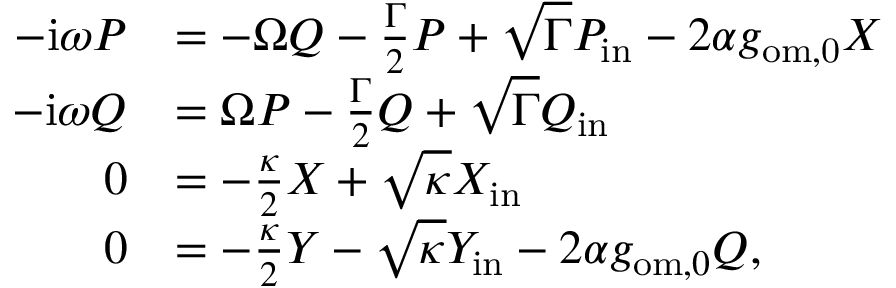
\begin{array} { r l } { - \mathrm { i } \omega P } & { = - \Omega Q - \frac { \Gamma } { 2 } P + \sqrt { \Gamma } P _ { \mathrm { i n } } - 2 \alpha g _ { \mathrm { o m , 0 } } X } \\ { - \mathrm { i } \omega Q } & { = \Omega P - \frac { \Gamma } { 2 } Q + \sqrt { \Gamma } Q _ { \mathrm { i n } } } \\ { 0 } & { = - \frac { \kappa } { 2 } X + \sqrt { \kappa } X _ { \mathrm { i n } } } \\ { 0 } & { = - \frac { \kappa } { 2 } Y - \sqrt { \kappa } Y _ { \mathrm { i n } } - 2 \alpha g _ { \mathrm { o m } , 0 } Q , } \end{array}